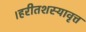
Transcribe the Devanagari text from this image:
।हरीतशस्यावृत्त